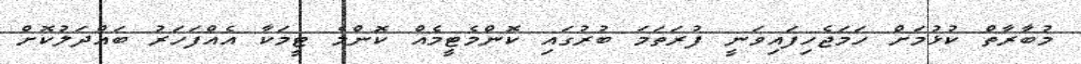
މުބާރާތް ކުޅުމަށް ހަމަޖެހިފައިވަނީ ފުރަތަމަ ބުރުގައި ކޮންމެޓީމެއް ކޮންމެ ޓީމަކާ އެއްފަހަރު ބައްދަލުކޮށް